Vaccination United Provinces of Agra and Oudh 1902-1913 - 1902-1913
Year: 1902
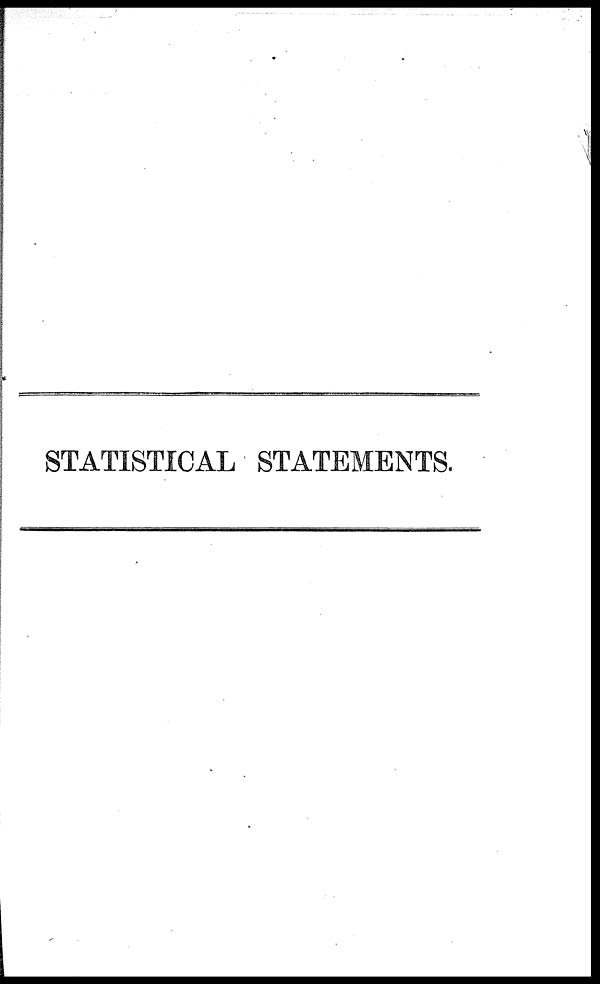
STATISTICAL STATEMENTS.